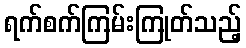
ရက်စက်ကြမ်းကြုတ်သည့်